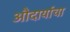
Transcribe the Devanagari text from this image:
औदार्याचा